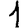
Digit: 1